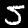
Label: 5